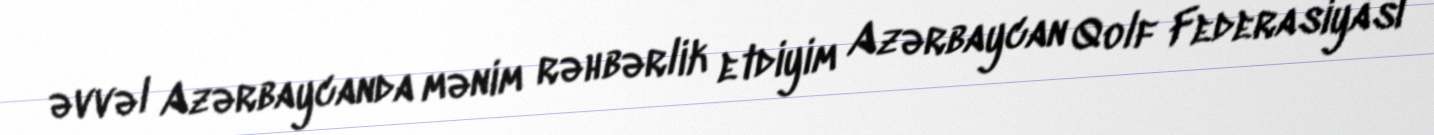
əvvəl Azərbaycanda mənim rəhbərlik etdiyim Azərbaycan Qolf Federasiyası